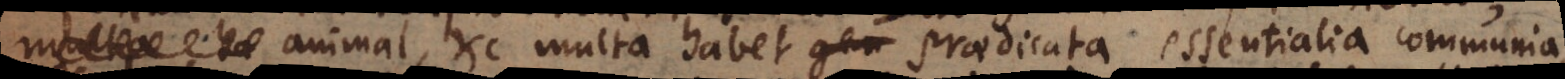
multa ha animal, etc. multa habet gen praedicata essentialia communia,